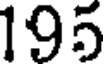
195